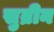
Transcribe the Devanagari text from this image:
सुव्रीन